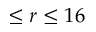
\le r \le 1 6